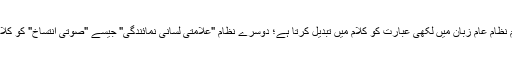
عبارت سے کلام نظام عام زبان میں لکھی عبارت کو کلام میں تبدیل کرتا ہے؛ دوسرے نظام "علامتی لسانی نمائندگی" جیسے "صوتی انتساخ" کو کلام میں بدلتے ہیں۔